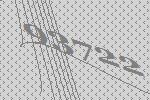
93722